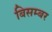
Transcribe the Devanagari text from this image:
बिसम्बर